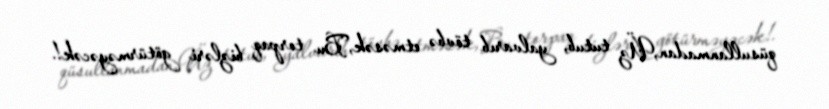
qüsullanmadan,Üz tutub, yalvarıb tövbə etməsək,Bu torpaq bizləri götürməyəcək!.